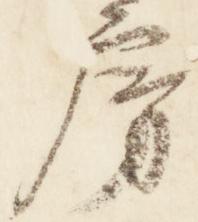
房